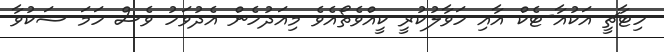
ހިޓާޗީ އަކުއާ-ޓެކް އާއި ހަވާލުކުރީ ކީއްވެތޯއެވެ މިއަދުހެން އެދުވަހު ވެސް ހަމަ ޝަކުވާ